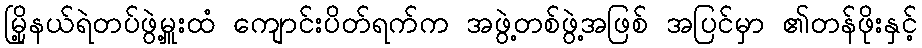
မြို့နယ်ရဲတပ်ဖွဲ့မှူးထံ ကျောင်းပိတ်ရက်က အဖွဲ့တစ်ဖွဲ့အဖြစ် အပြင်မှာ ၏တန်ဖိုးနှင့်